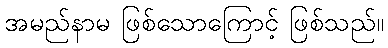
အမည်နာမ ဖြစ်သောကြောင့် ဖြစ်သည်။